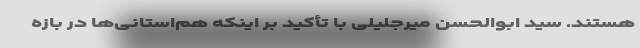
هستند. سید ابوالحسن میرجلیلی با تأکید بر اینکه هم‌استانی‌ها در بازه